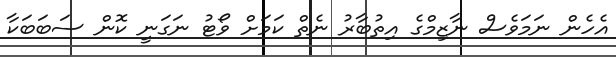
އެހެން ނަމަވެސް ނާޒިމްގެ އިތުބާރު ނެތް ކަމަށް ވޯޓު ނަގަނީ ކޮން ސަބަބަކާ